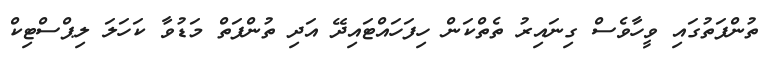
ތުންފަތުގައި ވީހާވެސް ގިނައިރު ތެތްކަން ހިފަހައްޓައިދޭ އަދި ތުންފަތް މަޑުވާ ކަހަލަ ލިޕްސްޓިކް